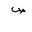
Letter: _sad